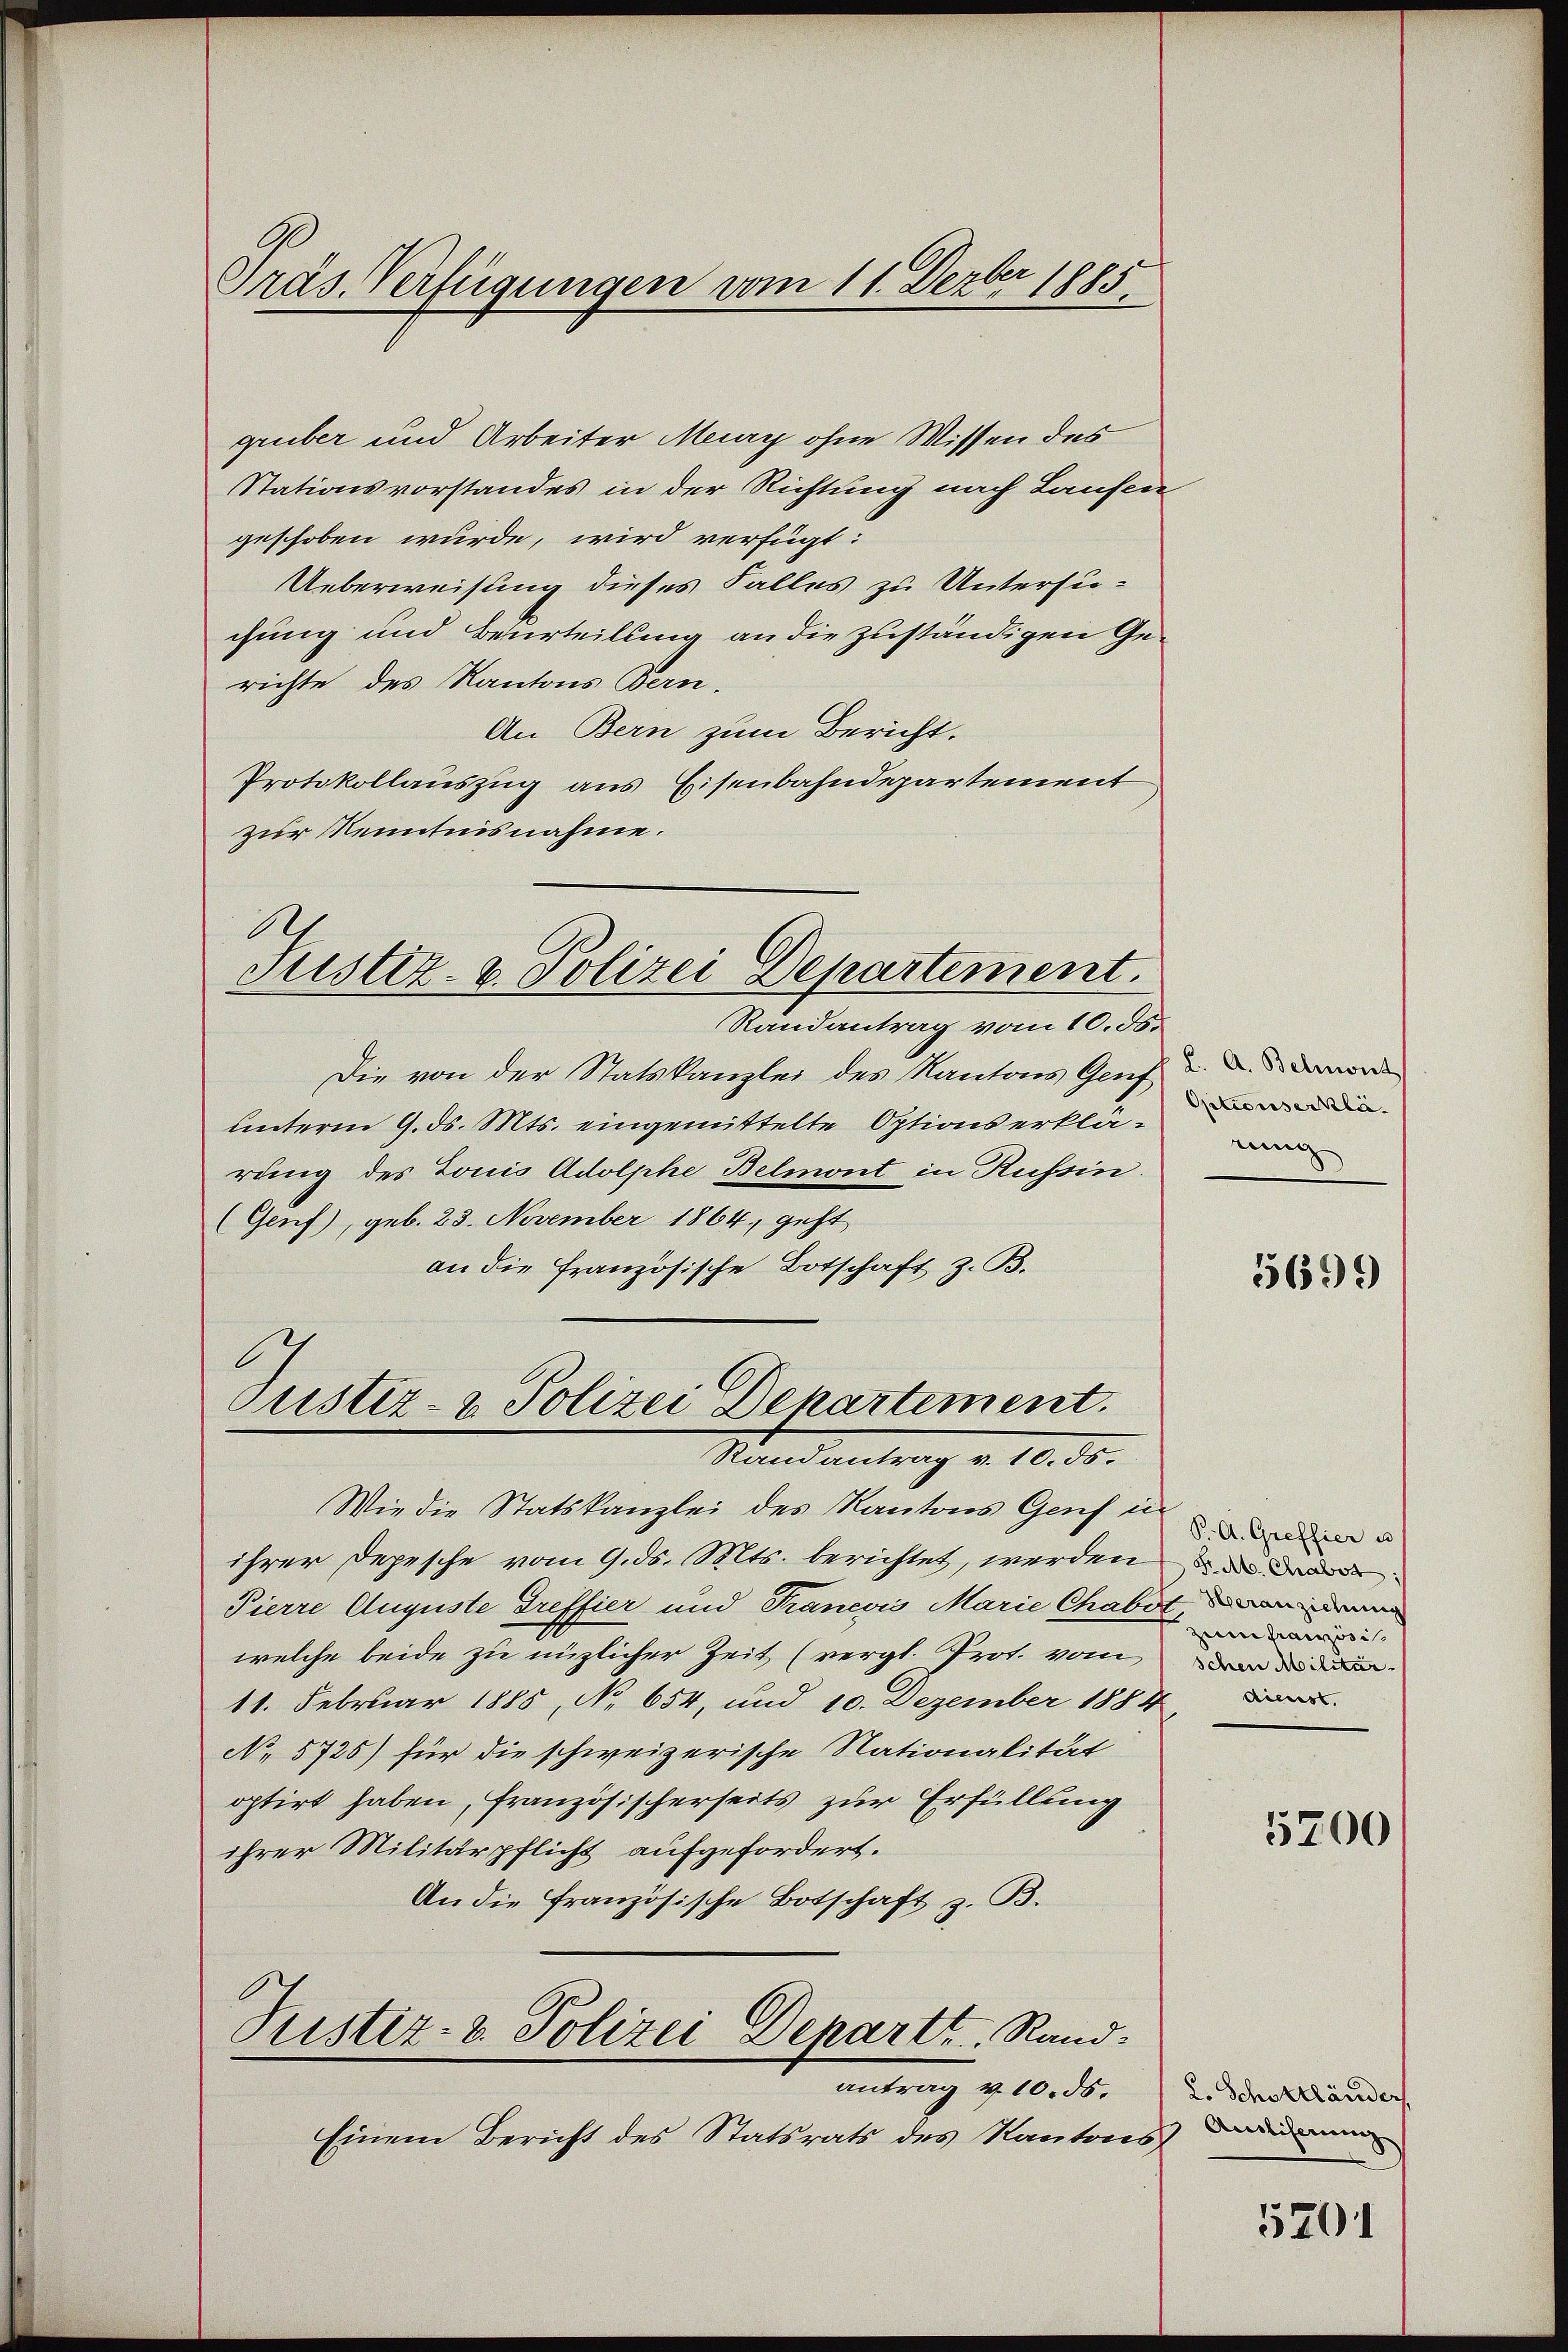
ber¬
Präs. Verfügungen vom 11. Dez. 1885.

griber und Arbeiter May ohne Wissen des
Stationsvorstandes in der Richtung nach Laufen
geschoben wurde, wird verfügt:
Ueberweisung dieses Falles zu Untersuchung und Beurteilung an die zuständigen Gerichte des Kantons Bern.
An Bern zum Bericht.
Protokollauszug aus Eisenbahndepartement
zur Kenntnisnahme.
Justiz- & Polizei Departement.
Randantrag vom 10. ds.
Die von der Statskanzlei des Kantons Genf
unterm 9. ds. Mts. eingemittelte Optionserklärung des Louis Adolphe Belmont in Russin
(Genf), geb. 23. November 1864, geht
an die Französische Botschaft z. B.

Justiz- & Polizei Departement.
Rand antrag v. 10. 15.

Wie die Statskanzlei des Kantons Genf in
ihrer Depesche vom 9. ds. Mts. berichtet, werden und dar
Pierre Auguste Treffier und Francois Marie Chabit, an den
welche beide zu nüzlicher Zeit (vergl. Prot. vom
11. Februar 1885, No 654, und 10. Dezember 1884
No 5726) für die schweizerische Nationalität
optirt haben, französischerseits zur Erfüllung
ihrer Militärpflicht aufgefordert.
An die französische Botschaft z. B.
Justiz- & Polizei Depart. Rand:
antrag v. 10. ds.
Einem Bericht des Statsrats des Kantons¬

K. A. Belmont
Optionserklä
rung

5699

S. A. Greffier u
Zim französi
schen Militär¬

5700

2. Schottländer
Ausliserung

5701